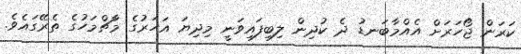
ކަރަން ޖޯހަރަށް އެއްމާބަނޑު ދެ ކުދިން ލިބިފައިވަނީ މިދިޔަ އަހަރުގެ މާޗްމަހުގެ ތެރޭގައެވެ.